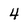
Character: 4